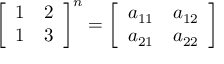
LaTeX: { \left[ \begin{array} { l l } { 1 } & { 2 } \\ { 1 } & { 3 } \end{array} \right] } ^ { n } = { \left[ \begin{array} { l l } { a _ { 1 1 } } & { a _ { 1 2 } } \\ { a _ { 2 1 } } & { a _ { 2 2 } } \end{array} \right] }